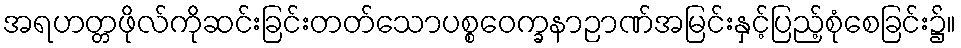
အရဟတ္တဖိုလ်ကိုဆင်းခြင်းတတ်သောပစ္စဝေက္ခနာဉာဏ်အမြင်းနှင့်ပြည့်စုံစေခြင်း၌။